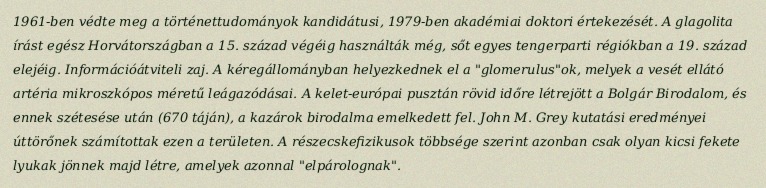
1961-ben védte meg a történettudományok kandidátusi, 1979-ben akadémiai doktori értekezését. A glagolita írást egész Horvátországban a 15. század végéig használták még, sőt egyes tengerparti régiókban a 19. század elejéig. Információátviteli zaj. A kéregállományban helyezkednek el a "glomerulus"ok, melyek a vesét ellátó artéria mikroszkópos méretű leágazódásai. A kelet-európai pusztán rövid időre létrejött a Bolgár Birodalom, és ennek szétesése után (670 táján), a kazárok birodalma emelkedett fel. John M. Grey kutatási eredményei úttörőnek számítottak ezen a területen. A részecskefizikusok többsége szerint azonban csak olyan kicsi fekete lyukak jönnek majd létre, amelyek azonnal "elpárolognak".